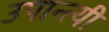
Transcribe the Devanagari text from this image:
उपान्त्यी